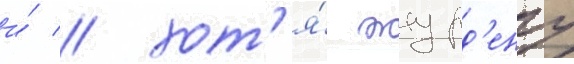
и́ / хот'я́ журд'ену